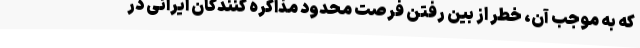
که به موجب آن، خطر از بین رفتن فرصت محدود مذاکره کنندگان ایرانی در